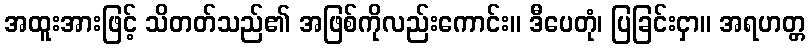
အထူးအားဖြင့် သိတတ်သည်၏ အဖြစ်ကိုလည်းကောင်း။ ဒီပေတုံ၊ ပြခြင်းငှာ။ အရဟတ္တ